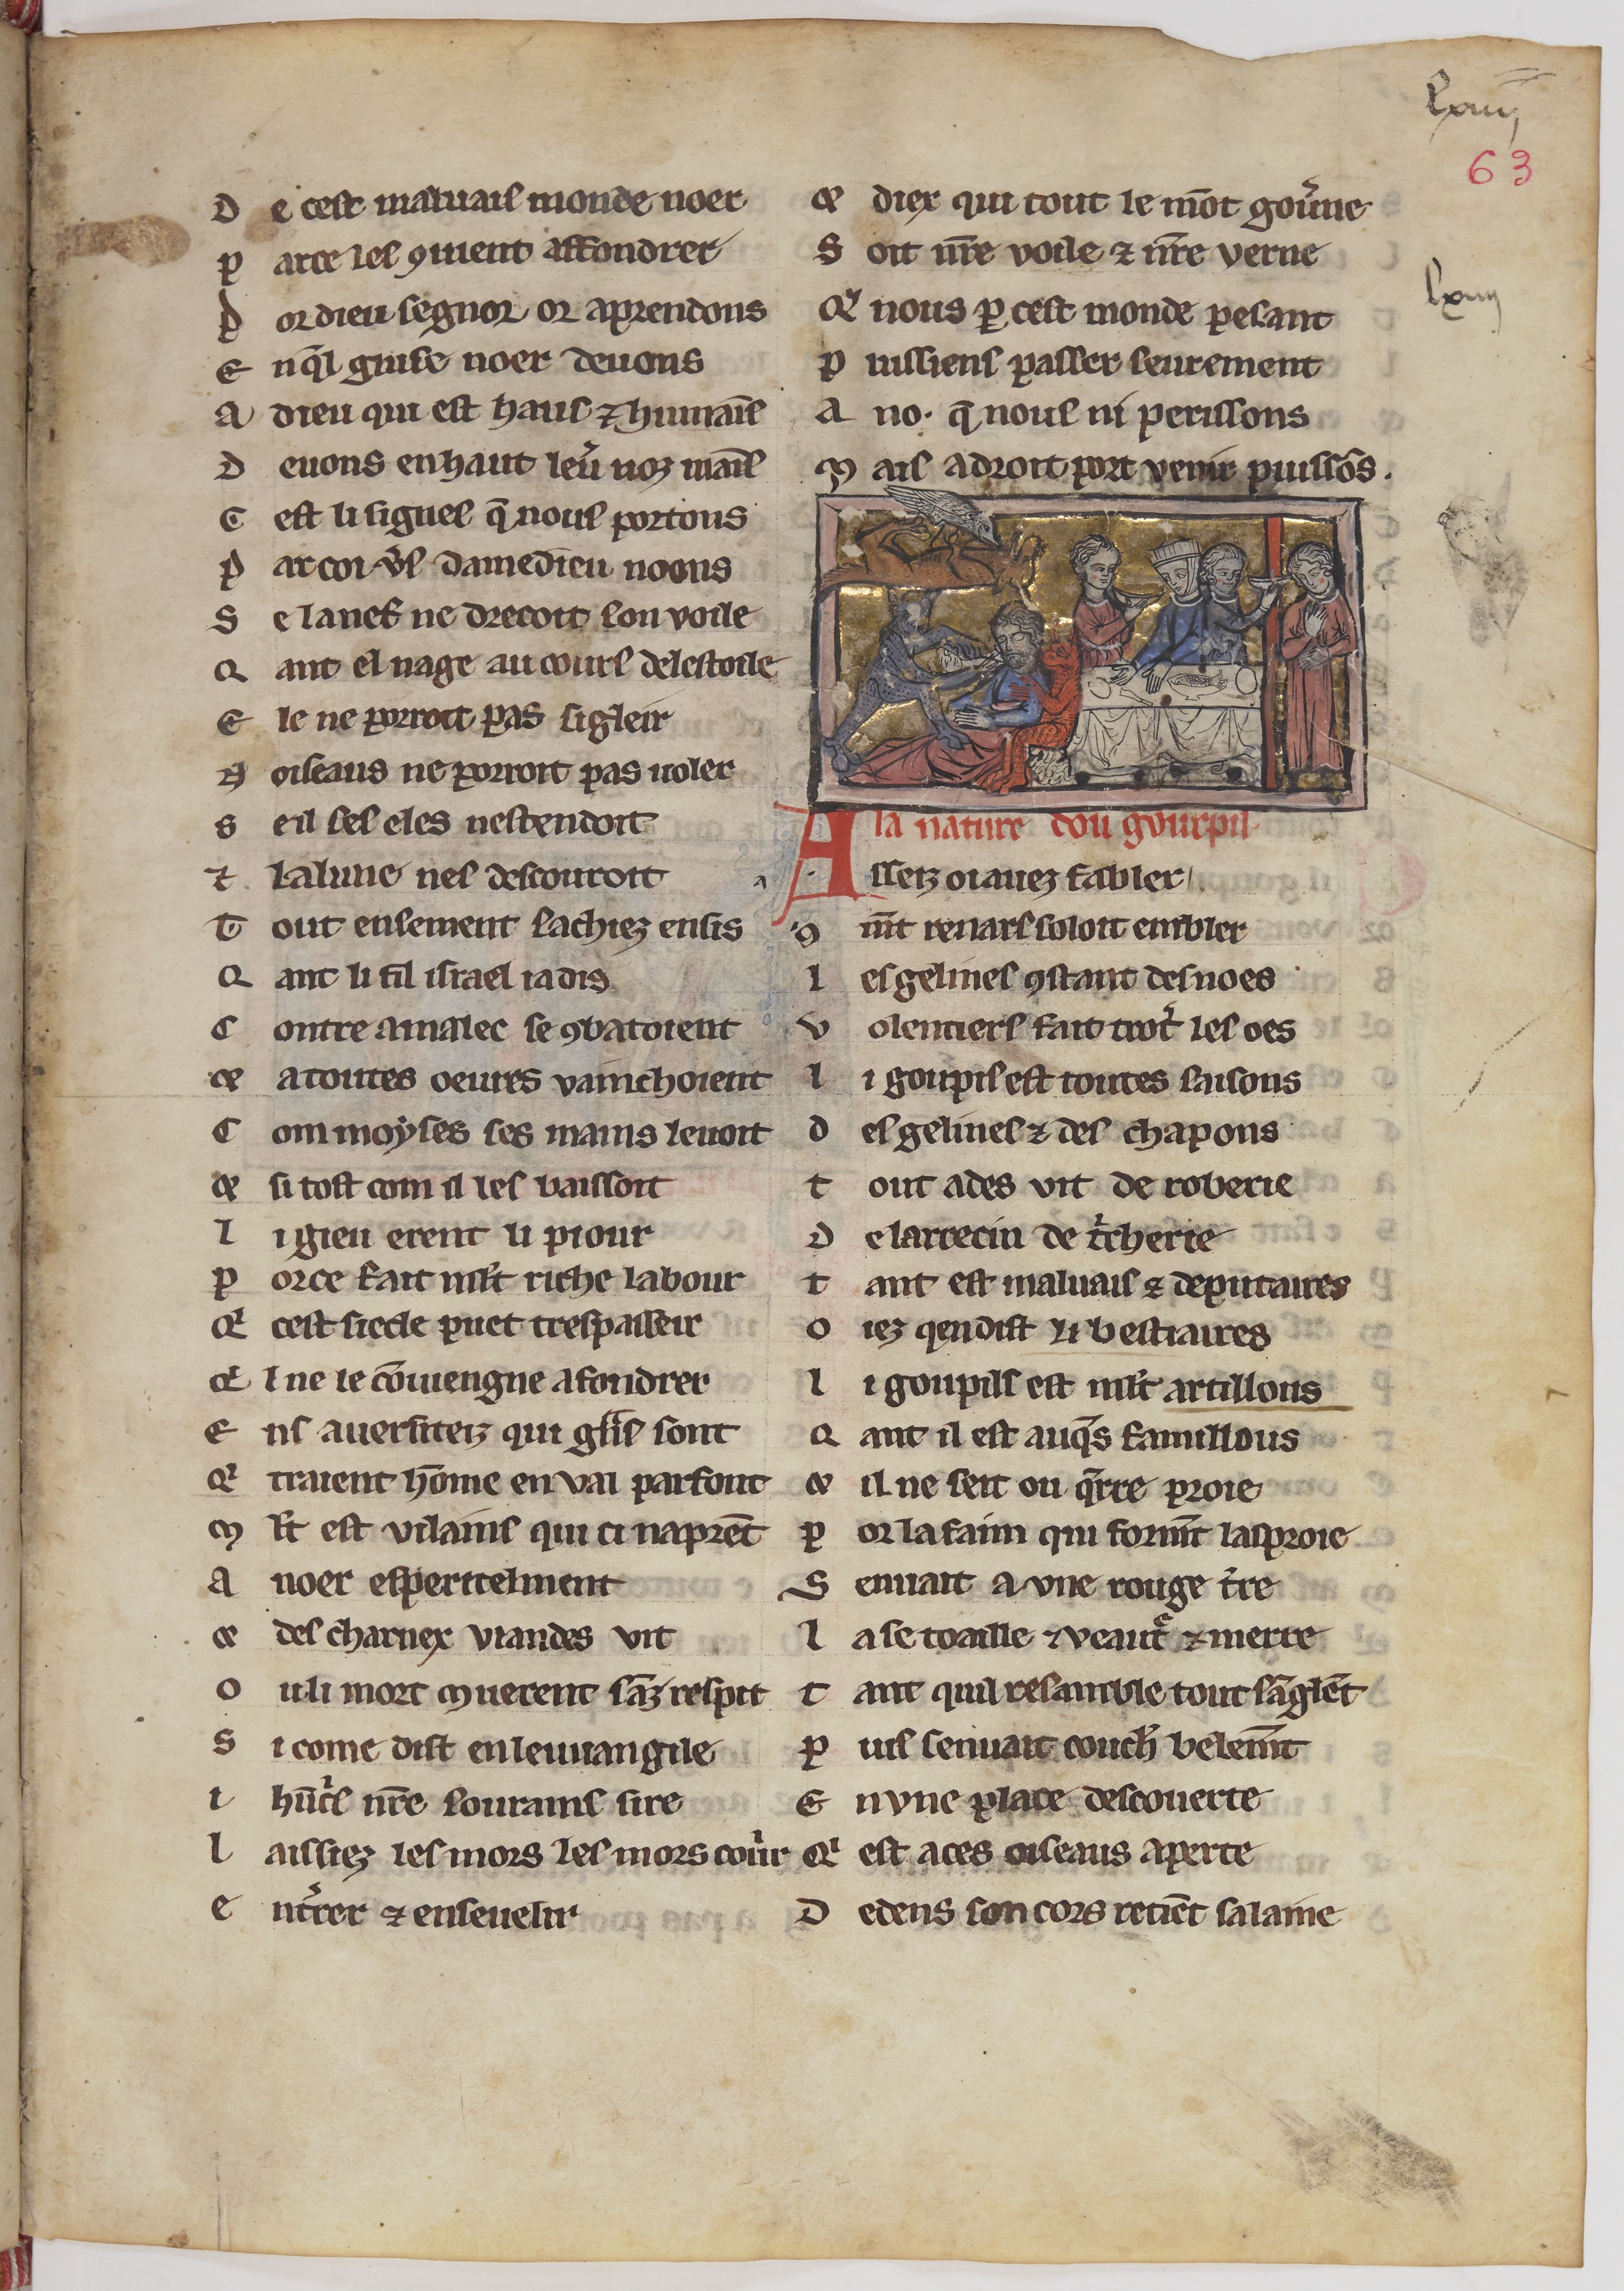
Shelfmark: Paris, BnF, fr. 24428
Century: 13